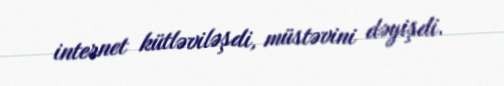
internet kütləviləşdi, müstəvini dəyişdi.